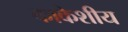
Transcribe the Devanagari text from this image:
काकेशीय